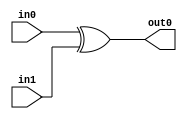
module top_xor(
    input   wire    in0,
    input   wire    in1,
    output  wire    out0
);

assign out0 = in0 ^ in1;

endmodule